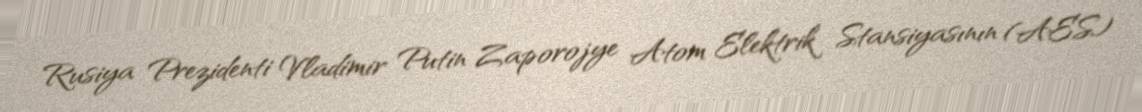
Rusiya Prezidenti Vladimir Putin Zaporojye Atom Elektrik Stansiyasının (AES)